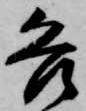
各